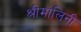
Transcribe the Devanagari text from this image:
श्रीमालिनी